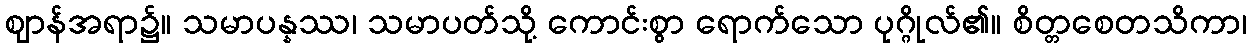
ဈာန်အရာ၌။ သမာပန္နဿ၊ သမာပတ်သို့ ကောင်းစွာ ရောက်သော ပုဂ္ဂိုလ်၏။ စိတ္တစေတသိကာ၊